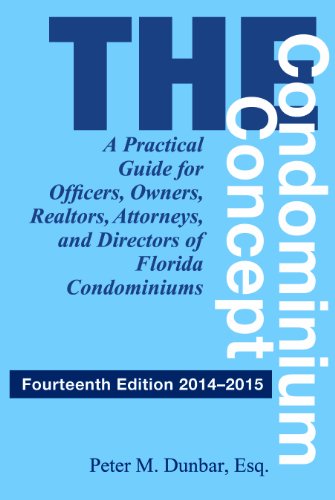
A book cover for The Condominium Concept: A Practical Guide for Officers, Owners, Realtors, Attorneys, and Directors of Florida Condominiums; Peter Dunbar; Business & Money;